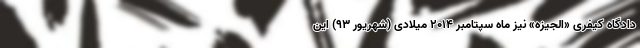
دادگاه کیفری «الجیزه» نیز ماه سپتامبر ۲۰۱۴ میلادی (شهریور ۹۳) این